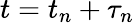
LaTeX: t=t_{n}+\tau_{n}